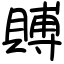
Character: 賻